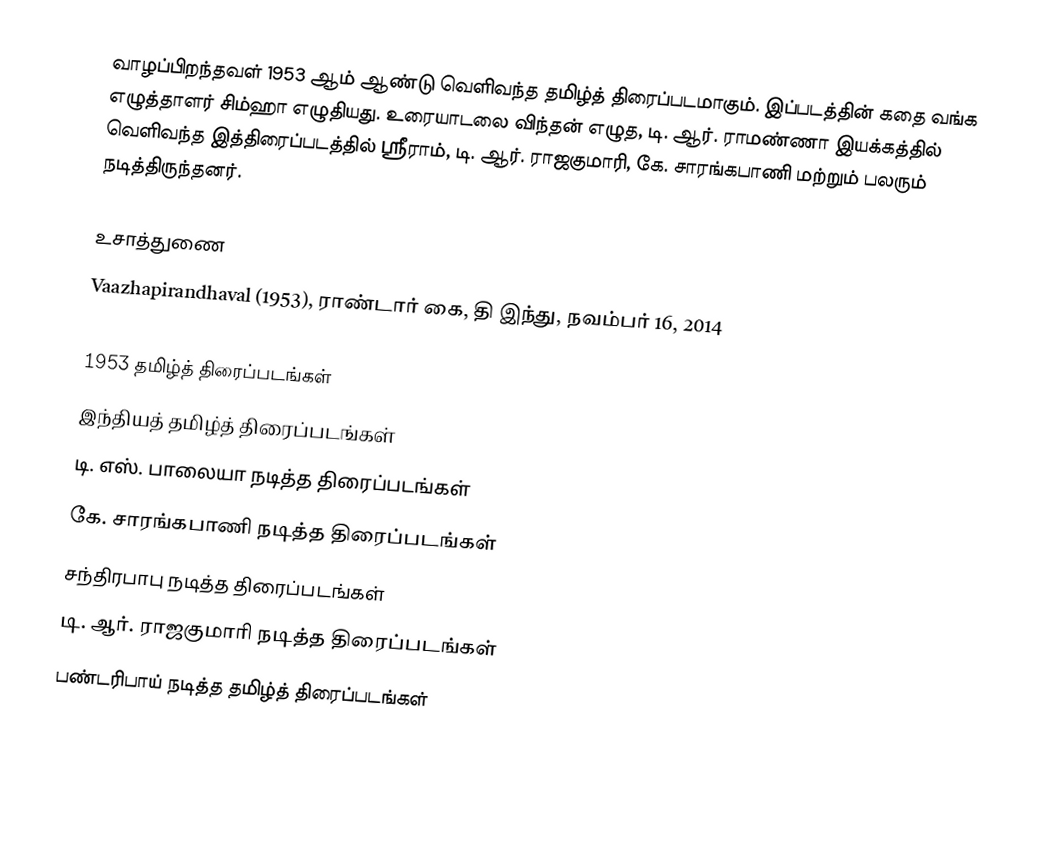
வாழப்பிறந்தவள் 1953 ஆம் ஆண்டு வெளிவந்த தமிழ்த் திரைப்படமாகும். இப்படத்தின் கதை வங்க எழுத்தாளர் சிம்ஹா எழுதியது. உரையாடலை விந்தன் எழுத, டி. ஆர். ராமண்ணா இயக்கத்தில் வெளிவந்த இத்திரைப்படத்தில் ஸ்ரீராம், டி. ஆர். ராஜகுமாரி, கே. சாரங்கபாணி மற்றும் பலரும் நடித்திருந்தனர்.

உசாத்துணை
 Vaazhapirandhaval (1953), ராண்டார் கை, தி இந்து, நவம்பர் 16, 2014

1953 தமிழ்த் திரைப்படங்கள்
இந்தியத் தமிழ்த் திரைப்படங்கள்
டி. எஸ். பாலையா நடித்த திரைப்படங்கள்
கே. சாரங்கபாணி நடித்த திரைப்படங்கள்
சந்திரபாபு நடித்த திரைப்படங்கள்
டி. ஆர். ராஜகுமாரி நடித்த திரைப்படங்கள்
பண்டரிபாய் நடித்த தமிழ்த் திரைப்படங்கள்